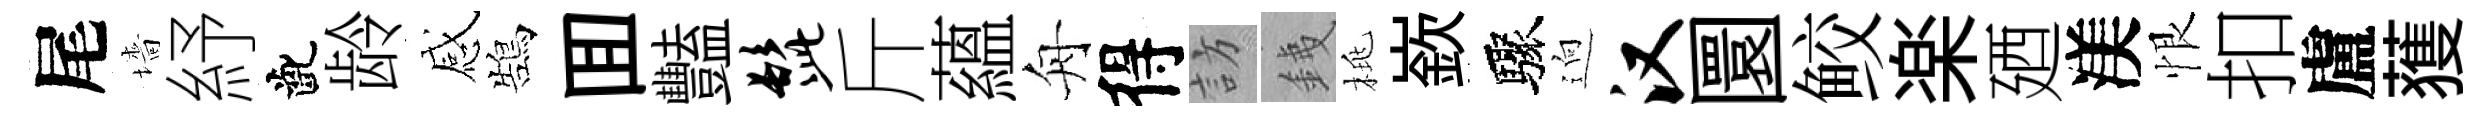
尾墻紓齔龄感鵠囬豔髭斤蘊舟得訪銕桃嶔驟逈汉圜鲛楽廼渼恨扣盧𫉬